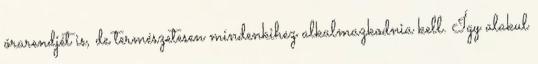
órarendjét is, de természetesen mindenkihez alkalmazkodnia kell. Így alakul